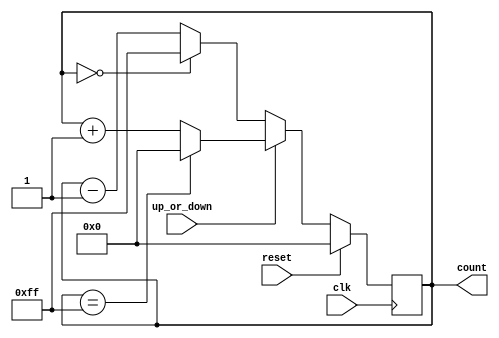
`timescale 1ns / 1ps
module up_or_down_counter
    #(parameter N=8)
    (
    input clk,reset,up_or_down,
    output reg [N-1:0] count
    );
    
initial
    count = 0;
always @(posedge clk)
    if (reset)
        count <= 0;
    else
        begin
                count <= (up_or_down) ? ((count == (2**N)-1) ? 0 : count + 1) : ((count == 0) ? (2**N)-1: count-1);  
        end
endmodule
// up_or_down = 1 --> up counter ; if count = 255 it should start from 0 otherwise simple increment
// up_or_down = 0 --> down counter ; if count = 0 its net state should be 255 and then 254 otherwise simple decrement